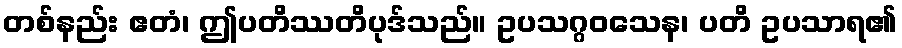
တစ်နည်း ဧတံ၊ ဤပတိဿတိပုဒ်သည်။ ဥပသဂ္ဂဝသေန၊ ပတိ ဥပသာရ၏